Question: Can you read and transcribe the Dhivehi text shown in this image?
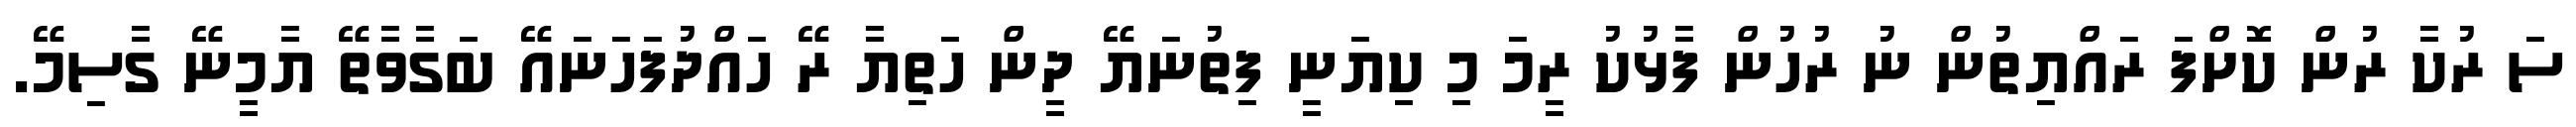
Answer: ސަ ރުކާ ރުން ކޮށްފަ ރައްޔިތުން ނު ރުހުން ފާޅުކު ރީމަ މި ކިޔަނީ ފިތުނަޔޭ ދީން ހަތިޔާ ރޭ ހައްދުފަހަނައޭ ބަގާވާތޭ ޔާމީނޭ ގާސިމޭ.